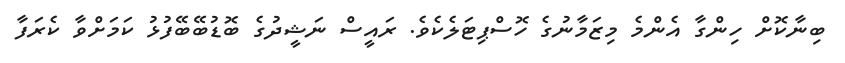
ބިނާކޮށް ހިންގާ އެންމެ މިޒަމާނުގެ ހޮސްޕިޓަލެކެވެ. ރައީސް ނަޝީދުގެ ބޮޑުބޭބޭފުޅު ކަމަށްވާ ކެރަފާ